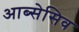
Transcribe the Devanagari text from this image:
आब्सेसिव